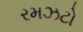
રમઝટો